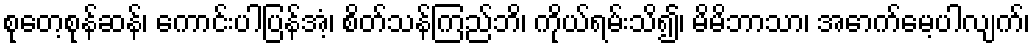
စုတေ့စုန်ဆန်၊ ကောင်းပါပြန်အံ့၊ စိတ်သန်ကြည်ဘိ၊ ကိုယ်ရမ်းသိ၍၊ မိမိဘာသာ၊ အောက်မေ့ပါလျက်၊